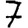
Digit: 7